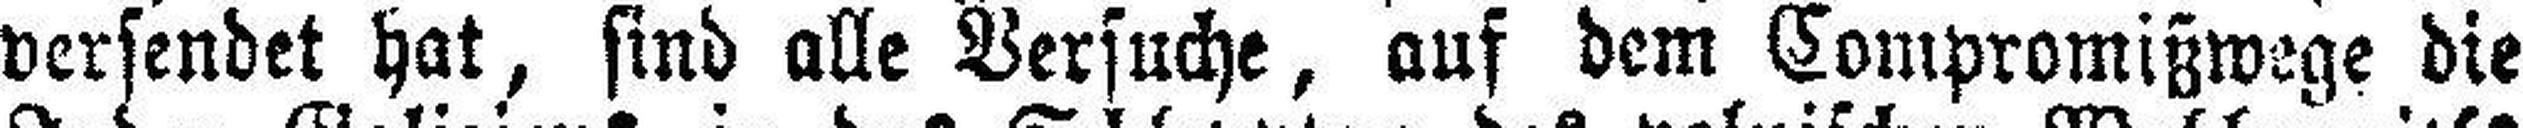
versendet hat, sind alle Versuche, auf dem Compromißwege die